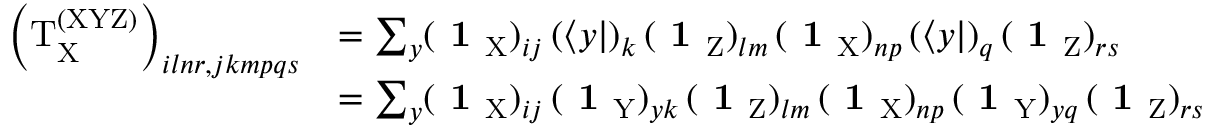
\begin{array} { r l } { \left( \mathrm { T } _ { \mathrm { X } } ^ { \mathrm { ( X Y Z ) } } \right) _ { i l n r , j k m p q s } } & { = \sum _ { y } ( \textbf { 1 } _ { \mathrm { X } } ) _ { i j } \, ( \langle y | ) _ { k } \, ( \textbf { 1 } _ { \mathrm { Z } } ) _ { l m } \, ( \textbf { 1 } _ { \mathrm { X } } ) _ { n p } \, ( \langle y | ) _ { q } \, ( \textbf { 1 } _ { \mathrm { Z } } ) _ { r s } } \\ & { = \sum _ { y } ( \textbf { 1 } _ { \mathrm { X } } ) _ { i j } \, ( \textbf { 1 } _ { \mathrm { Y } } ) _ { y k } \, ( \textbf { 1 } _ { \mathrm { Z } } ) _ { l m } \, ( \textbf { 1 } _ { \mathrm { X } } ) _ { n p } \, ( \textbf { 1 } _ { \mathrm { Y } } ) _ { y q } \, ( \textbf { 1 } _ { \mathrm { Z } } ) _ { r s } } \end{array}